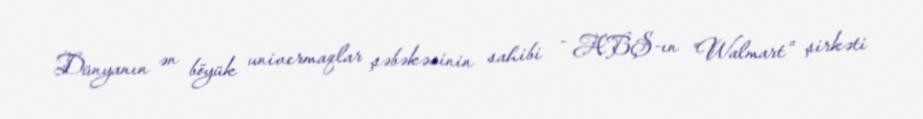
Dünyanın ən böyük univermaqlar şəbəkəsinin sahibi - ABŞ-ın "Walmart" şirkəti